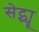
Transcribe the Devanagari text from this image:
सेट्च्यू